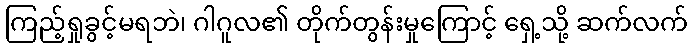
ကြည့်ရှုခွင့်မရဘဲ၊ ဂါဂူလ၏ တိုက်တွန်းမှုကြောင့် ရှေ့သို့ ဆက်လက်